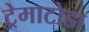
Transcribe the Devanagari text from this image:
ट्रेमाटोडा